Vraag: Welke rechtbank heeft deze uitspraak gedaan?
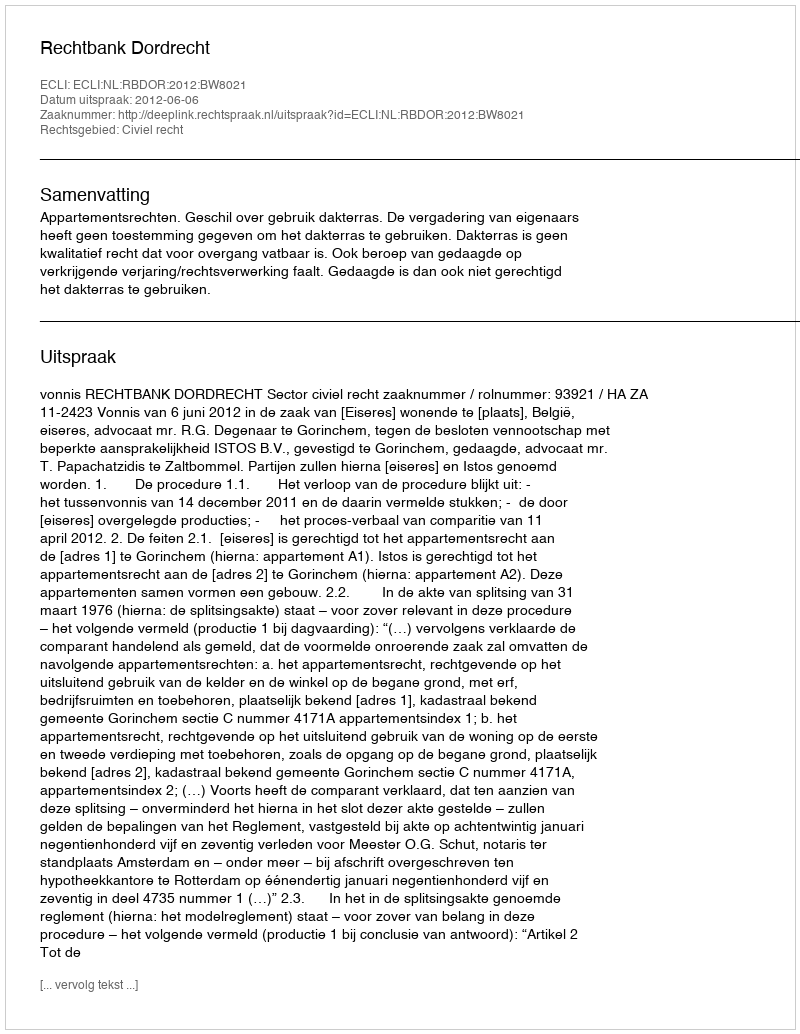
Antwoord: Rechtbank Dordrecht